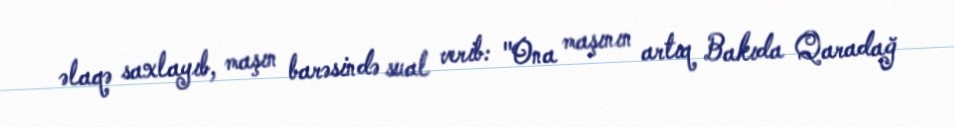
əlaqə saxlayıb, maşın barəsində sual verib: "Ona maşının artıq Bakıda Qaradağ